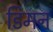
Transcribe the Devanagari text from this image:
डिमन